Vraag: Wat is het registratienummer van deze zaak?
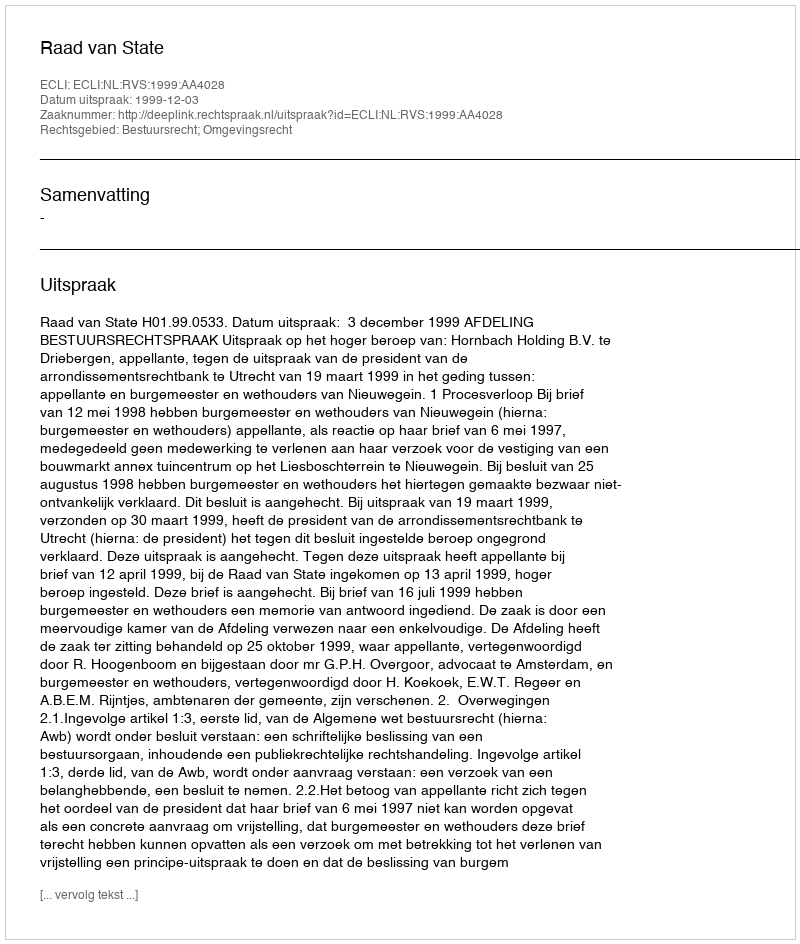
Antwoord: http://deeplink.rechtspraak.nl/uitspraak?id=ECLI:NL:RVS:1999:AA4028